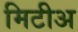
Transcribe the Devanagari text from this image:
मिटीअ